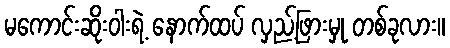
မကောင်းဆိုးဝါးရဲ့ နောက်ထပ် လှည့်ဖြားမှု တစ်ခုလား။